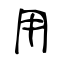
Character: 用